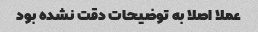
عملا اصلا به توضیحات دقت نشده بود